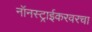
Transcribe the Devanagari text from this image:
नॉनस्ट्राईकरवरचा